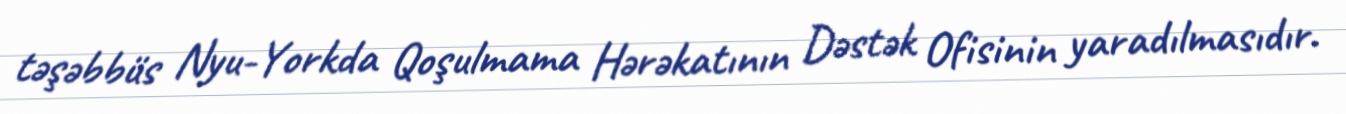
təşəbbüs Nyu-Yorkda Qoşulmama Hərəkatının Dəstək Ofisinin yaradılmasıdır.